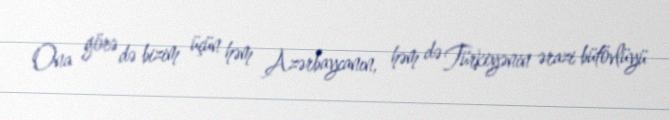
Ona görə də bizim üçün həm Azərbaycanın, həm də Türkiyənin ərazi bütövlüyü